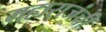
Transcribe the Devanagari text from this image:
महाराजंची